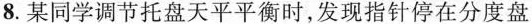
8.某同学调节托盘天平平衡时，发现指针停在分度盘